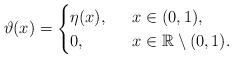
LaTeX: \begin{align*}\vartheta(x)=\begin{cases}\eta(x),&\ \ x\in(0,1),\\0,&\ \ x\in\mathbb{R}\setminus(0,1).\end{cases}\end{align*}